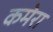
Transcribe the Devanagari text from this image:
कमेरा